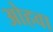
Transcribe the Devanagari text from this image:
ओहवा